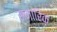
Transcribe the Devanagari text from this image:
स्मारिक